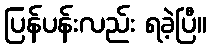
ပြန်ပန်းလည်း ရခဲ့ပြီ။